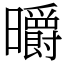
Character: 㬭